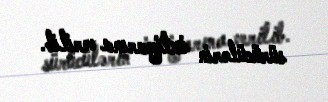
sürücülərin ixtiyarına verilib.